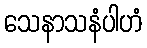
သေနာသနံပါဟံ